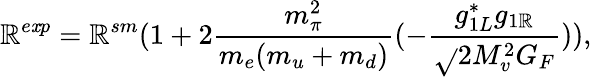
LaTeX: \mathbb{R}^{e\mathit{x}p}=\mathbb{R}^{sm}(1+2{\frac{{m_{\pi}^{2}}}{{m_{e}(m_{u}+m_{d})}}}(-{\frac{{g_{1L}^{*}g_{1\mathbb{R}}}}{{{\sqrt{}{2}}M_{v}^{2}G_{F}}}})),